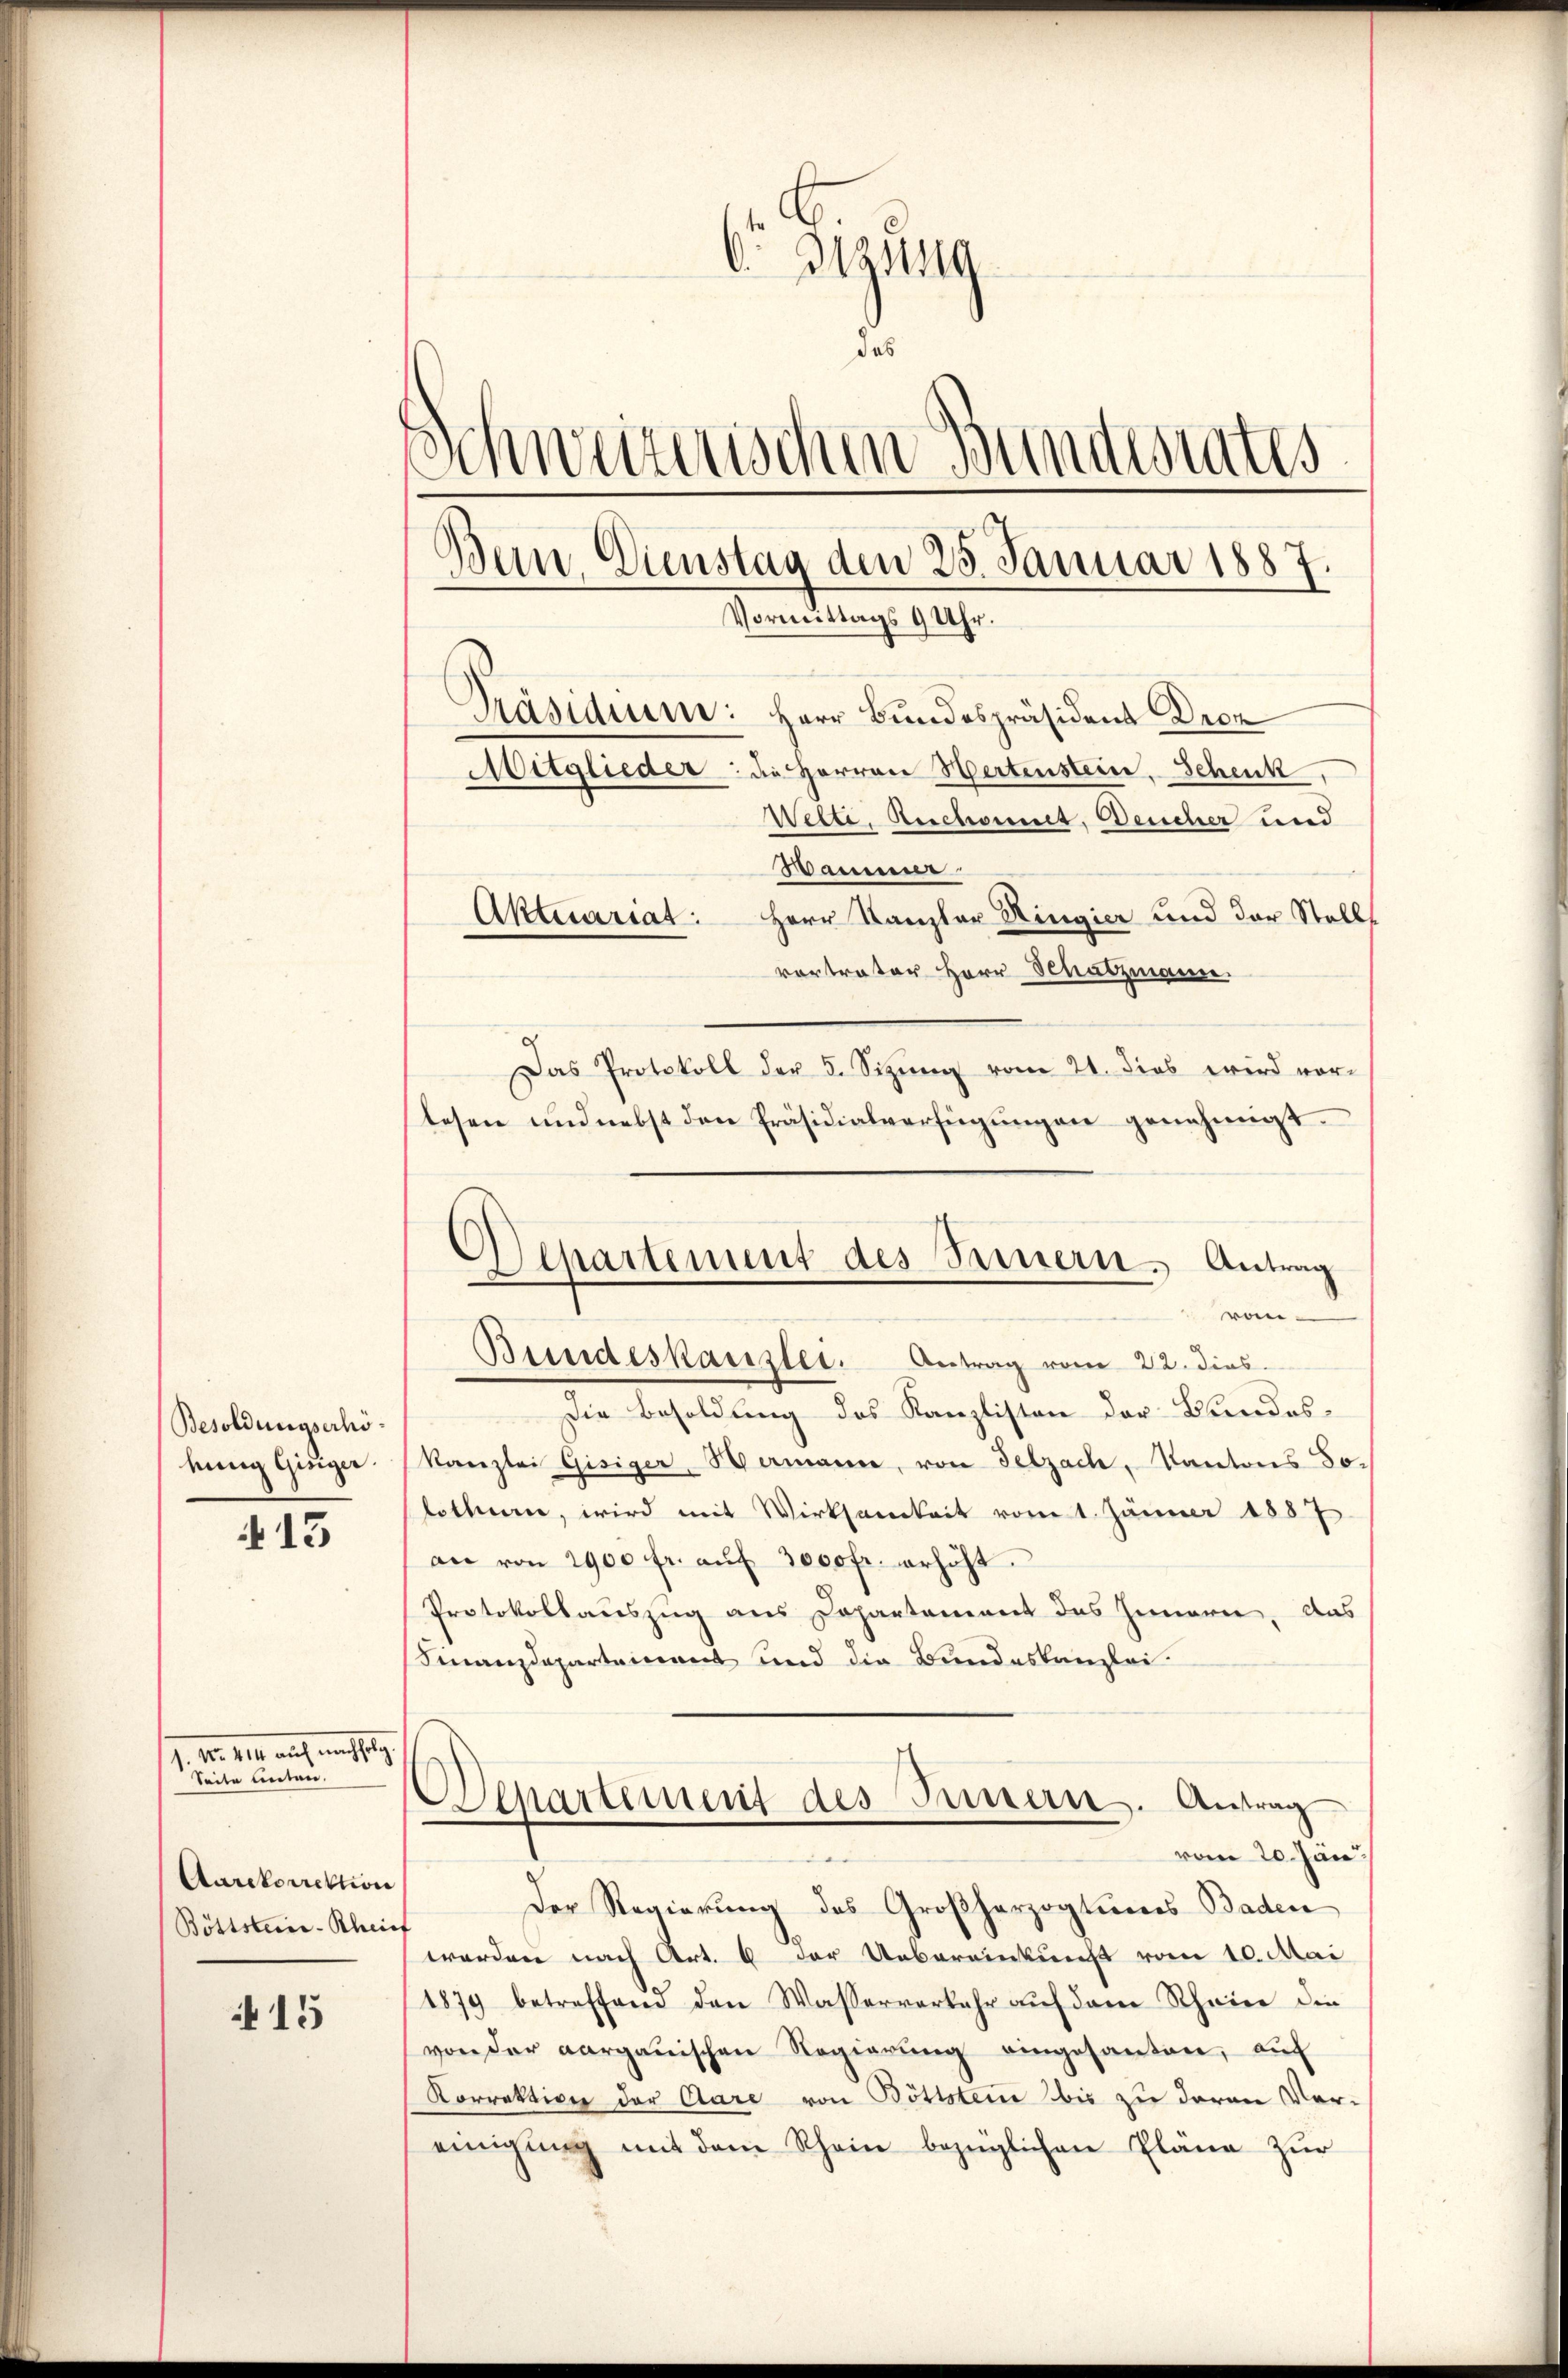
Besoldungserhökung Gisiger.

13

Nr. 148 aus am 19.
Seite liten.
Aarekorrektion
Böttstein-Rheis

15

6 Btzsg
das
.
schweizerischen Bundesrates
Bein. Dienstag den 25. Januar 1887.
Vormittags 9 Uhr.
Präsidium: Herr Bundespräsident Droz
Aitglieder: die Herren Hertenstein. Schenk
Welte, Reschonet, Deucher und

Wannere
Aktuariat: Herr Kanzler Ringier und der Stellt
vortreter Herr Schatzmann.
d
Das Protokoll der 5. Sitzŭng vom 21. dies wird vor-
tesen und nebst den Präsidialverfügŭngen genehmigt.
von.
Bundeskanzlei. Antrag vom 22. dies
Die Besoldung des Kanzlisten der Bundeskanzlei Gisiger Samann, von Selzach, Kantons So-
lothurn, wird mit Wirksamkeit vom 1. Jänner 1887
an von 1900 fr. aŭf 3000fr. erhöht.
Protokollauszug aus Departement des Innern, das
Finanzdepartement und die Bundeskanzlei.
Denartement des Innern. Antrag
vom 20. Jän
Der Regierung des Großherzogteines Baden
f
werden nach Art. 6 der Uebereinkunft vom 10. Mai
1879 betreffend den Wasserverkehr aŭf dem Rheine die
von der aargauischen Regierŭng eingesanten, auf
Korrektion der Aare von Böttsten bis zu daran Vor-
einigung mit dem Rhein bezüglichen Plana zur

Departement des Sauern. Antrag